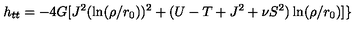
h _ { t t } = - 4 G [ J ^ { 2 } ( \ln ( \rho / r _ { 0 } ) ) ^ { 2 } + ( U - T + J ^ { 2 } + \nu S ^ { 2 } ) \ln ( \rho / r _ { 0 } ) ] \}